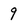
Character: 9